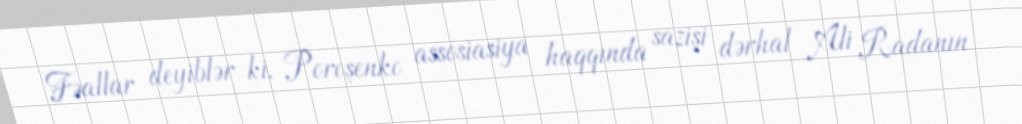
Fəallar deyiblər ki, Poroşenko assosiasiya haqqında sazişi dərhal Ali Radanın